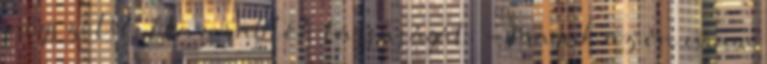
megszólította a rablók társaságát. - Maguk az én uram